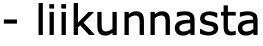
- liikunnasta